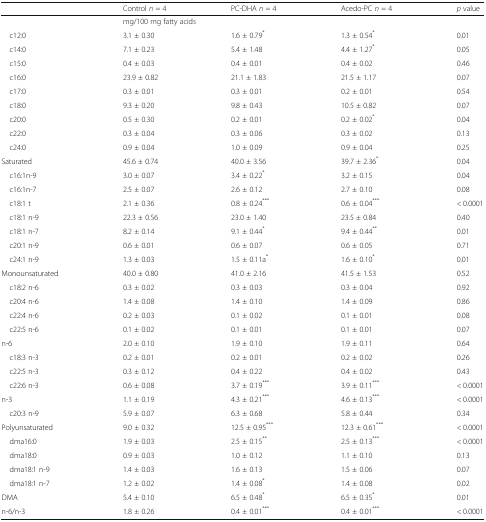
<table><thead><tr><td></td><td><b>Control <i>n</i> = 4</b></td><td><b>PC-DHA <i>n</i> = 4</b></td><td><b>Acedo-PC <i>n</i> = 4</b></td><td><b><i>p</i> value</b></td></tr></thead><tbody><tr><td></td><td colspan="4">mg/100 mg fatty acids</td></tr><tr><td> c12:0</td><td>3.1 ± 0.30</td><td>1.6 ± 0.79<sup>*</sup></td><td>1.3 ± 0.54<sup>*</sup></td><td>0.01</td></tr><tr><td> c14:0</td><td>7.1 ± 0.23</td><td>5.4 ± 1.48</td><td>4.4 ± 1.27<sup>*</sup></td><td>0.05</td></tr><tr><td> c15:0</td><td>0.4 ± 0.03</td><td>0.4 ± 0.01</td><td>0.4 ± 0.02</td><td>0.46</td></tr><tr><td> c16:0</td><td>23.9 ± 0.82</td><td>21.1 ± 1.83</td><td>21.5 ± 1.17</td><td>0.07</td></tr><tr><td> c17:0</td><td>0.3 ± 0.01</td><td>0.3 ± 0.01</td><td>0.2 ± 0.01</td><td>0.54</td></tr><tr><td> c18:0</td><td>9.3 ± 0.20</td><td>9.8 ± 0.43</td><td>10.5 ± 0.82</td><td>0.07</td></tr><tr><td> c20:0</td><td>0.5 ± 0.30</td><td>0.2 ± 0.01</td><td>0.2 ± 0.02<sup>*</sup></td><td>0.04</td></tr><tr><td> c22:0</td><td>0.3 ± 0.04</td><td>0.3 ± 0.06</td><td>0.3 ± 0.02</td><td>0.13</td></tr><tr><td> c24:0</td><td>0.9 ± 0.04</td><td>1.0 ± 0.09</td><td>0.9 ± 0.04</td><td>0.25</td></tr><tr><td>Saturated</td><td>45.6 ± 0.74</td><td>40.0 ± 3.56</td><td>39.7 ± 2.36<sup>*</sup></td><td>0.04</td></tr><tr><td> c16:1n-9</td><td>3.0 ± 0.07</td><td>3.4 ± 0.22<sup>*</sup></td><td>3.2 ± 0.15</td><td>0.04</td></tr><tr><td> c16:1n-7</td><td>2.5 ± 0.07</td><td>2.6 ± 0.12</td><td>2.7 ± 0.10</td><td>0.08</td></tr><tr><td> c18:1 t</td><td>2.1 ± 0.36</td><td>0.8 ± 0.24<sup>***</sup></td><td>0.6 ± 0.04<sup>***</sup></td><td>&lt; 0.0001</td></tr><tr><td> c18:1 n-9</td><td>22.3 ± 0.56</td><td>23.0 ± 1.40</td><td>23.5 ± 0.84</td><td>0.40</td></tr><tr><td> c18:1 n-7</td><td>8.2 ± 0.14</td><td>9.1 ± 0.44<sup>*</sup></td><td>9.4 ± 0.44<sup>**</sup></td><td>0.01</td></tr><tr><td> c20:1 n-9</td><td>0.6 ± 0.01</td><td>0.6 ± 0.07</td><td>0.6 ± 0.05</td><td>0.71</td></tr><tr><td> c24:1 n-9</td><td>1.3 ± 0.03</td><td>1.5 ± 0.11a<sup>*</sup></td><td>1.6 ± 0.10<sup>*</sup></td><td>0.01</td></tr><tr><td>Monounsaturated</td><td>40.0 ± 0.80</td><td>41.0 ± 2.16</td><td>41.5 ± 1.53</td><td>0.52</td></tr><tr><td> c18:2 n-6</td><td>0.3 ± 0.02</td><td>0.3 ± 0.03</td><td>0.3 ± 0.04</td><td>0.92</td></tr><tr><td> c20:4 n-6</td><td>1.4 ± 0.08</td><td>1.4 ± 0.10</td><td>1.4 ± 0.09</td><td>0.86</td></tr><tr><td> c22:4 n-6</td><td>0.2 ± 0.03</td><td>0.1 ± 0.02</td><td>0.1 ± 0.01</td><td>0.08</td></tr><tr><td> c22:5 n-6</td><td>0.1 ± 0.02</td><td>0.1 ± 0.01</td><td>0.1 ± 0.01</td><td>0.07</td></tr><tr><td>n-6</td><td>2.0 ± 0.10</td><td>1.9 ± 0.10</td><td>1.9 ± 0.11</td><td>0.64</td></tr><tr><td> c18:3 n-3</td><td>0.2 ± 0.01</td><td>0.2 ± 0.01</td><td>0.2 ± 0.02</td><td>0.26</td></tr><tr><td> c22:5 n-3</td><td>0.3 ± 0.12</td><td>0.4 ± 0.22</td><td>0.4 ± 0.02</td><td>0.43</td></tr><tr><td> c22:6 n-3</td><td>0.6 ± 0.08</td><td>3.7 ± 0.19<sup>***</sup></td><td>3.9 ± 0.11<sup>***</sup></td><td>&lt; 0.0001</td></tr><tr><td>n-3</td><td>1.1 ± 0.19</td><td>4.3 ± 0.21<sup>***</sup></td><td>4.6 ± 0.13<sup>***</sup></td><td>&lt; 0.0001</td></tr><tr><td> c20:3 n-9</td><td>5.9 ± 0.07</td><td>6.3 ± 0.68</td><td>5.8 ± 0.44</td><td>0.34</td></tr><tr><td>Polyunsaturated</td><td>9.0 ± 0.32</td><td>12.5 ± 0.95<sup>***</sup></td><td>12.3 ± 0.61<sup>***</sup></td><td>&lt; 0.0001</td></tr><tr><td> dma16:0</td><td>1.9 ± 0.03</td><td>2.5 ± 0.15<sup>**</sup></td><td>2.5 ± 0.13<sup>***</sup></td><td>&lt; 0.0001</td></tr><tr><td> dma18:0</td><td>0.9 ± 0.03</td><td>1.0 ± 0.12</td><td>1.1 ± 0.10</td><td>0.13</td></tr><tr><td> dma18:1 n-9</td><td>1.4 ± 0.03</td><td>1.6 ± 0.13</td><td>1.5 ± 0.06</td><td>0.07</td></tr><tr><td> dma18:1 n-7</td><td>1.2 ± 0.02</td><td>1.4 ± 0.08<sup>*</sup></td><td>1.4 ± 0.08</td><td>0.02</td></tr><tr><td>DMA</td><td>5.4 ± 0.10</td><td>6.5 ± 0.48<sup>*</sup></td><td>6.5 ± 0.35<sup>*</sup></td><td>0.01</td></tr><tr><td>n-6/n-3</td><td>1.8 ± 0.26</td><td>0.4 ± 0.01<sup>***</sup></td><td>0.4 ± 0.01<sup>***</sup></td><td>&lt; 0.0001</td></tr></tbody></table>